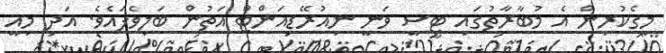
މީގެކުރިން އެ މުބާރާތުގައި ޓީސީ ވަނީ ނިއުރޭޑިއަންޓް އަތުން ބަލިވެފައެވެ. އަދި މިއީ